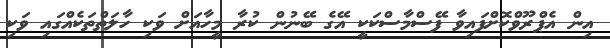
އިން އެޕްރޫވްކޮށްފައިވާ ފޭސްމާސްކަކީ އޭގެ ބޭނުން ކުރާ މީހާއަށް ވަކި ހާލަތްތަކެއްގައި ވަކި